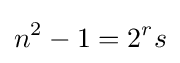
n^{2}-1=2^{r}s